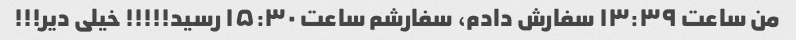
من ساعت ۱۳:۳۹ سفارش دادم، سفارشم ساعت ۱۵:۳۰ رسید!!!!! خیلی دیر!!!